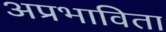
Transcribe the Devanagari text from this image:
अप्रभाविता